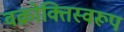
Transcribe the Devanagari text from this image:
वक्रोक्तिस्वरूप